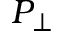
P _ { \perp }